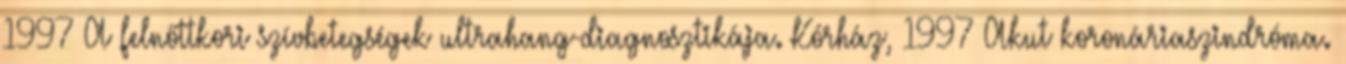
1997 A felnőttkori szívbetegségek ultrahang-diagnosztikája. Kórház, 1997 Akut koronáriaszindróma.